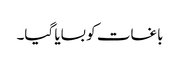
باغات کو بسایا گیا۔